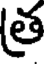
త్ర